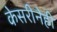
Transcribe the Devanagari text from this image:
केसरीनेही